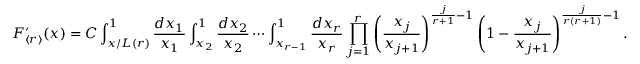
F _ { \langle r \rangle } ^ { \prime } ( x ) = C \int _ { x / L ( r ) } ^ { 1 } \frac { d x _ { 1 } } { x _ { 1 } } \int _ { x _ { 2 } } ^ { 1 } \frac { d x _ { 2 } } { x _ { 2 } } \cdots \int _ { x _ { r - 1 } } ^ { 1 } \frac { d x _ { r } } { x _ { r } } \prod _ { j = 1 } ^ { r } \left( \frac { x _ { j } } { x _ { j + 1 } } \right) ^ { \frac { j } { r + 1 } - 1 } \left( 1 - \frac { x _ { j } } { x _ { j + 1 } } \right) ^ { \frac { j } { r ( r + 1 ) } - 1 } .